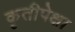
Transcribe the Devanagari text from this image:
कृतीपेक्षा